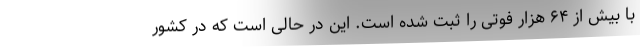
با بیش از ۶۴ هزار فوتی را ثبت شده است. این در حالی است که در کشور